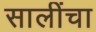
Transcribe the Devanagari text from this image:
सालींचा